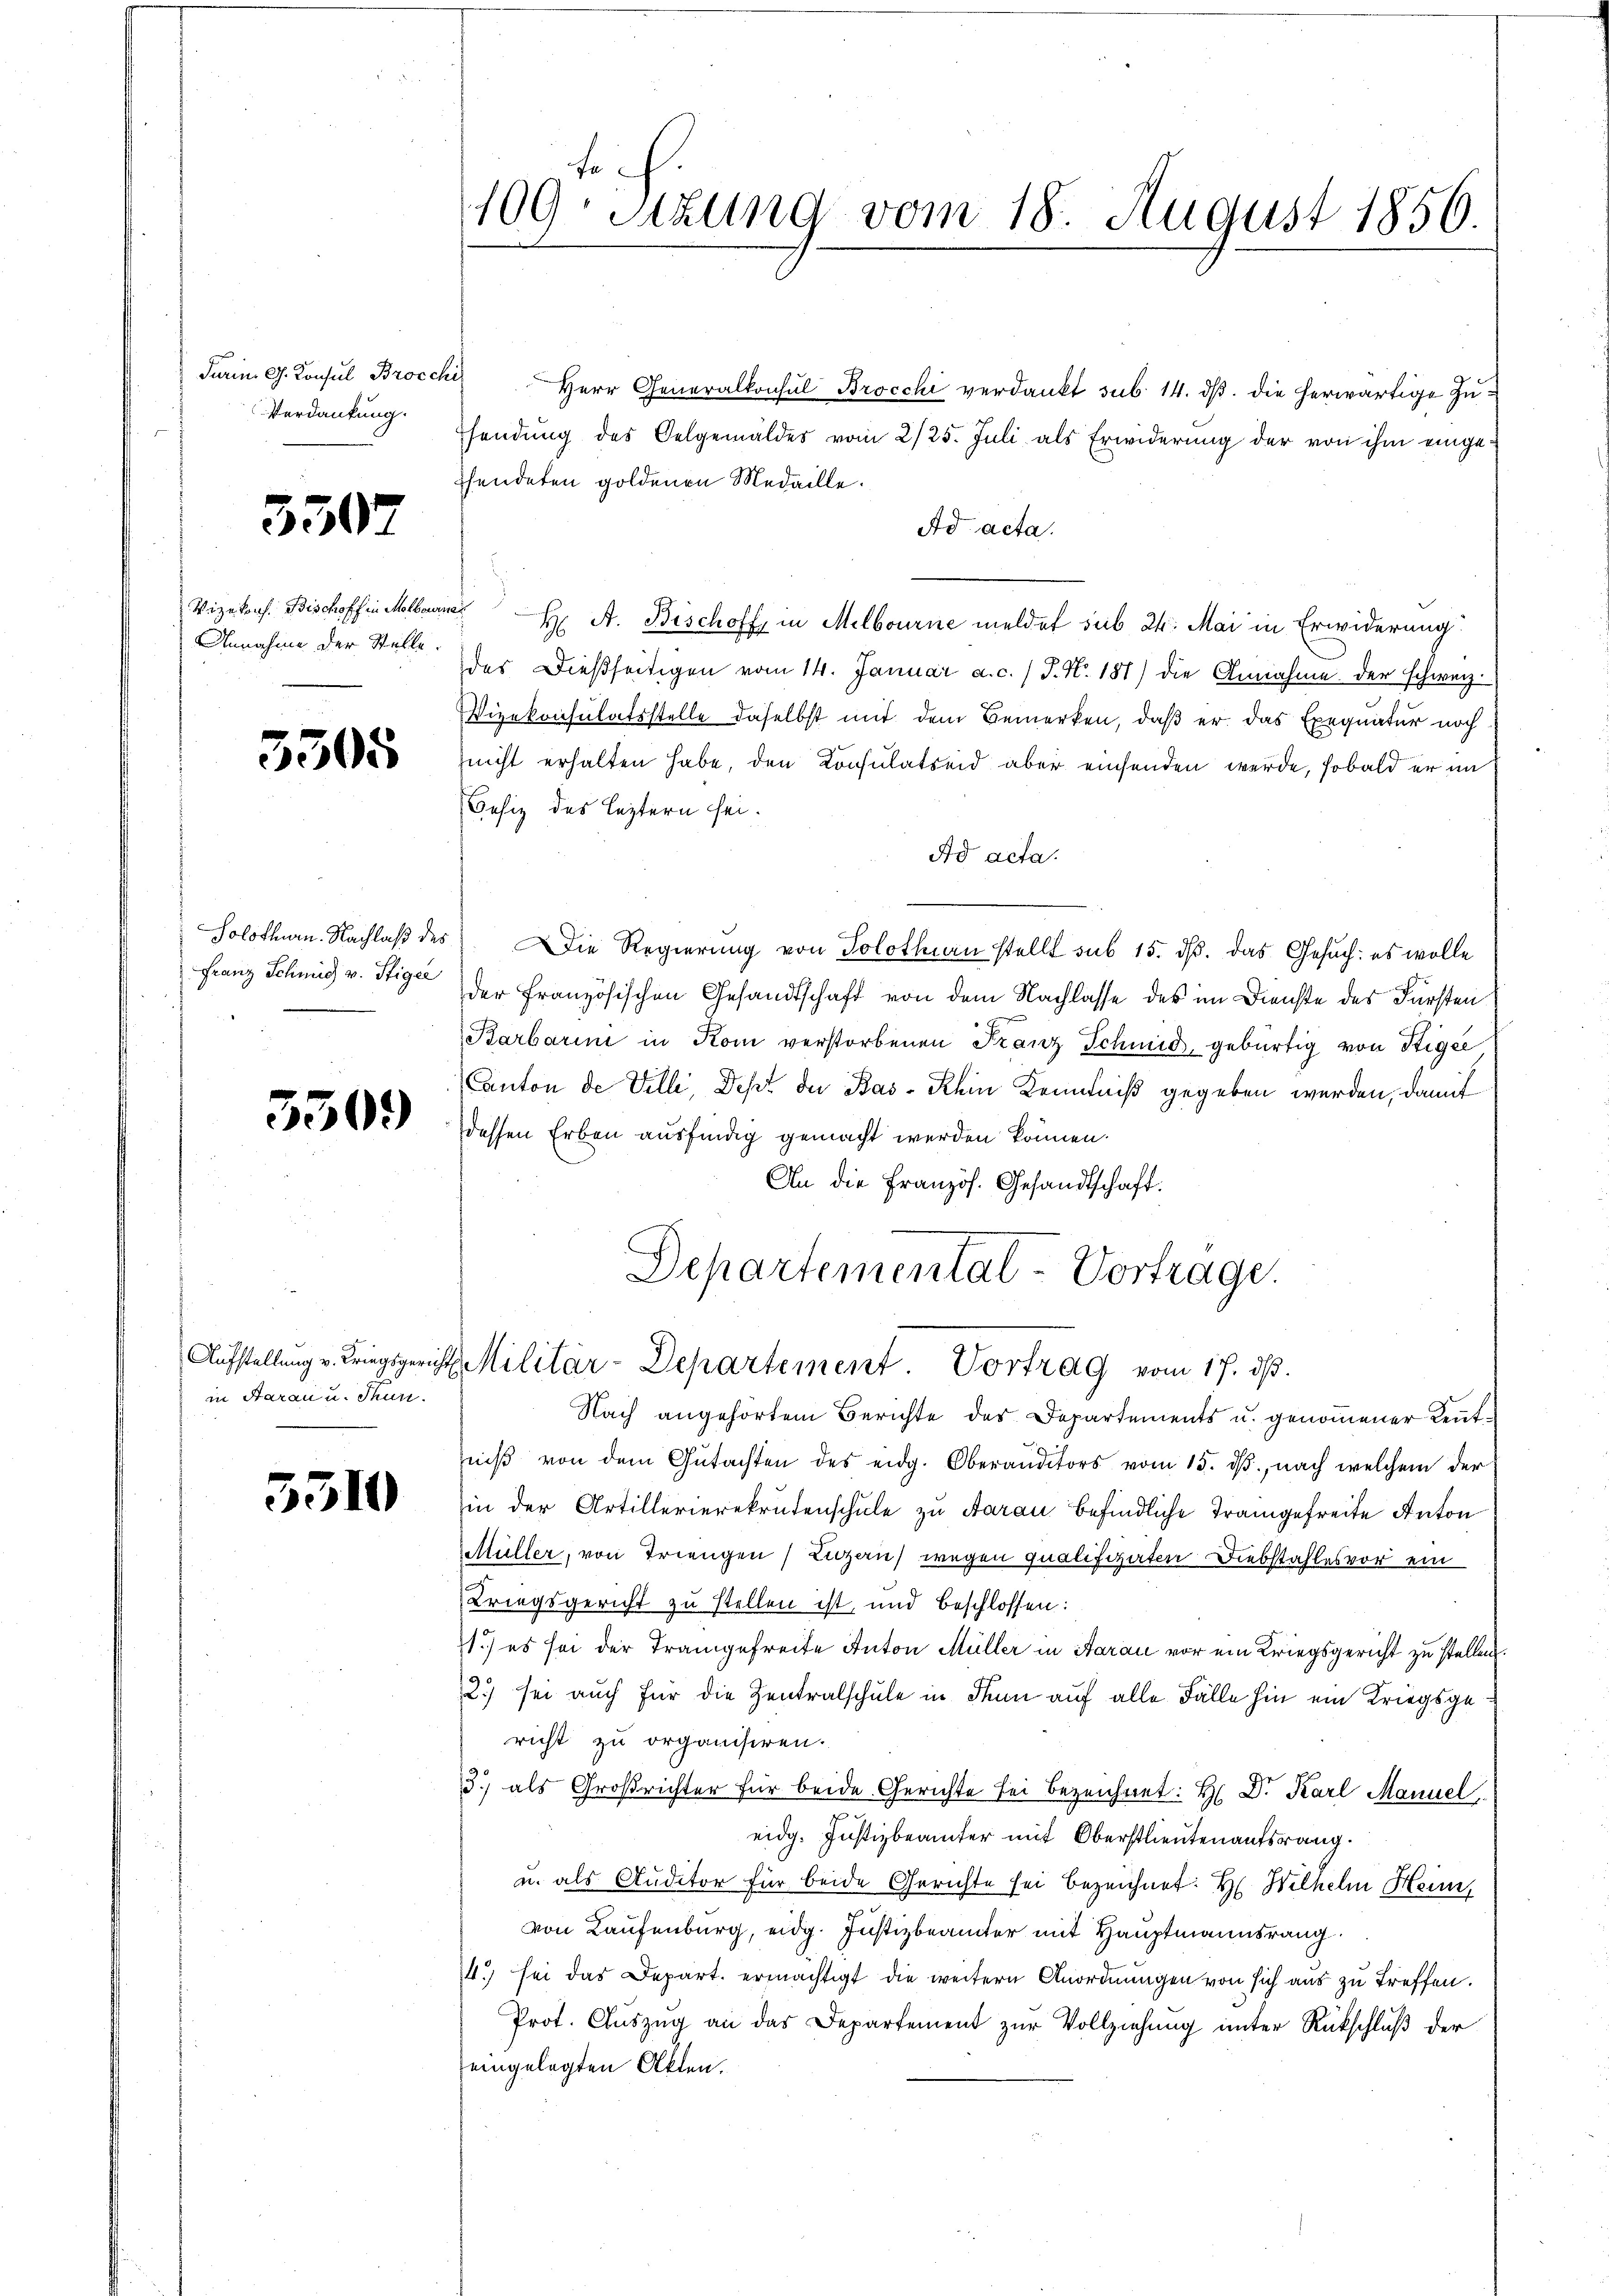
darin G. Konsul Brocchi
Verdankung.

3507

Annahme der Stelle.

3305

Franz Schmid v. Stiger

5509

in Aarau u. Thun.

5510

fe
109. Sitzung vom 18. August 1856.

Herr Generalkonsul Brocchi verdankt sub 14. ds. die herwärtige Zufendung des Oelgemäldes vom 2/25. Juli als Erwiderung der von ihm eingehendeten goldenen Medaille.
Ad acta.
Vizekros. Bischoff in Melborne H. A. Bischoff, in Melbourne meldet sub 24. Mai in Erwiderung
des Dießseitigen vom 14. Januar a. c. / P. Nr. 181) die Annahme der schweiz.
Vizekonsulatsstelle daselbst mit dem Bemerken, daß er das Exequatur noch
nicht erhalten habe, den Konsulatseid aber einsenden werde, sobald er in
Besiz des leztern sei.
Ad acta.
Solothurn. Nachlaß des Die Regierung von Solothurn stellt sub 15. ds. das Gesuch: es wolle
der französischen Gesandtschaft von dem Nachlasse des im Dienste des Fürsten
Barbarini in Kom verstorbenen Franz Schmid, gebürtig von Stigée
Canton de Villi, Dep. der Bas-Rhin Kenntniß gegeben werden, damit
dessen Erben ausfindig gemacht werden können.
An die Französ. Gesandtschaft:
Departementat-Vortrage.
e
Aufstellŭng v. Kriegsgerichts Militär-Departement. Vortrag vom 17. dβ.
Nach angehörtem Berichte des Departements u. genommener Kenntniβ von dem Gutachten des eidg. Oberanditors vom 15. dβ, nach welchem der
in der Artillerierekrutenschule zu Aarau befindliche Trangefreite Anton
Müller, von Triengen Luzern) wegen qualifiziten Diebstahles vor ein
Kriegsgericht zu stellen ist, und beschlossen:
1.) es sei der Trangefreite Anton Müller in Aarau vor ein Kriegsgericht zu stellen.
2) sei auch für die Zentralschule in Thun auf alle Fälle hin ein Kriegsgericht zu organisiren.
3) als Großrichter für beide Gerichte bei bezeichnet: H. Dr. Karl Manuel
eidg. Justizbeamter mit Oberstlieutenantsrang.
u. als Auditor für beide Gerichte sei bezeichnet. Hr. Wilhelm Hein
von Laufenburg, eidg. Justizbeamter mit Hauptmannsrang
4.) sei das Depart. ermächtigt die weitern Anordnungen von sich aus zu treffen.
Prot. Auszug an das Departement zur Vollziehung unter Rückschluß der
eingelegten Akten.